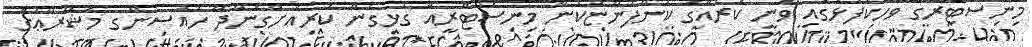
މިނިސްޓަރގެ ވާހަކަފުޅުގައި ވަނީ ކޮރެއާގެ ކުންފުންޏަކުން މިނިސްޓްރީއާ ގުޅިގެން ކުރިއަށްގެންދާ ހައުސިންގ މަޝްރޫޢުގެ